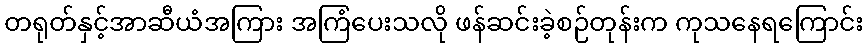
တရုတ်နှင့်အာဆီယံအကြား အကြံပေးသလို ဖန်ဆင်းခဲ့စဉ်တုန်းက ကုသနေရကြောင်း